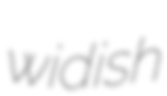
widish